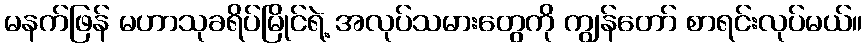
မနက်ဖြန် မဟာသုခရိပ်မြိုင်ရဲ့ အလုပ်သမားတွေကို ကျွန်တော် စာရင်းလုပ်မယ်။